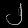
Digit: ၂